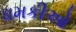
ધમકીઓ